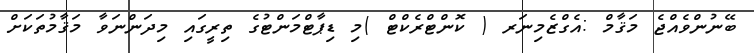
ބޭނުންވެއްޖެ މަޤާމް :އެގްޒެމިނަރ ( ކޮންޓްރެކްޓް )މި ޑިޕާޓްމަންޓުގެ ތިރީގައި މިދަންނަވާ މަޤާމުތަކަށް